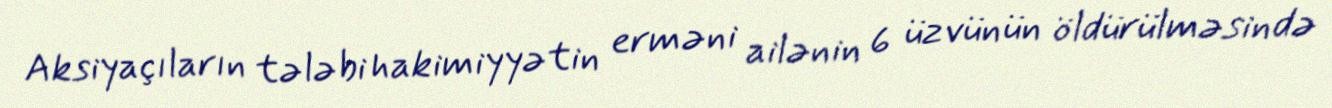
Aksiyaçıların tələbi hakimiyyətin erməni ailənin 6 üzvünün öldürülməsində